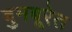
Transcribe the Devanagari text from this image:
बुमबूरेत